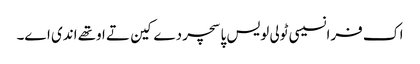
اک فرانسیسی ٹولی لویس پاسچر دے کین تے اوتھے اندی اے۔